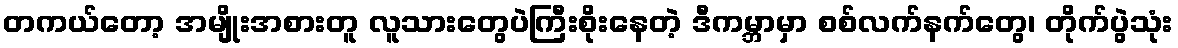
တကယ်တော့ အမျိုးအစားတူ လူသားတွေပဲကြီးစိုးနေတဲ့ ဒီကမ္ဘာမှာ စစ်လက်နက်တွေ၊ တိုက်ပွဲသုံး